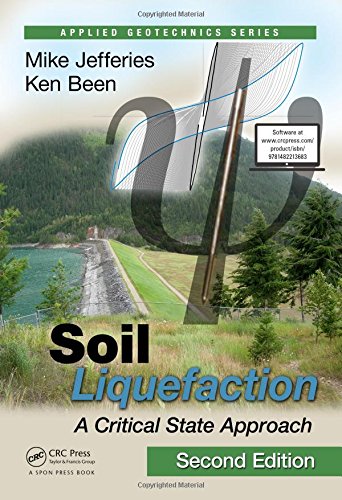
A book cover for Soil Liquefaction: A Critical State Approach, Second Edition (Applied Geotechnics); Mike Jefferies; Science & Math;